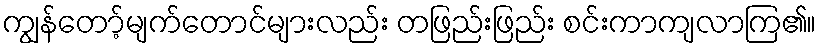
ကျွန်တော့်မျက်တောင်များလည်း တဖြည်းဖြည်း စင်းကာကျလာကြ၏။